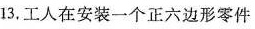
13，工人在安装一个正六边形零件